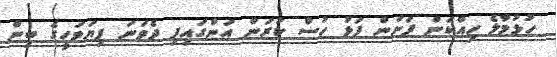
ހުޅުމާލެ ހިއްކަން ފަށަން ފަޅު ހުސް ކުރަން އަންގައިފި ދެވަނަ ފިޔަވަހީގެ ބިން